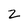
Character: z